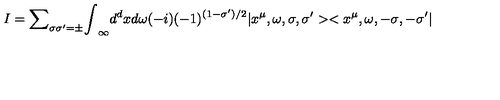
I = { \sum } _ { { \sigma } { \sigma } ^ { \prime } = { \pm } } { \int } _ { \infty } d ^ { d } x d { \omega } ( - i ) ( - 1 ) ^ { ( 1 - { \sigma } ^ { \prime } ) / 2 } | x ^ { \mu } , { \omega } , { \sigma } , { \sigma ^ { \prime } } > < x ^ { \mu } , { \omega } , { - \sigma } , { - \sigma ^ { \prime } } |